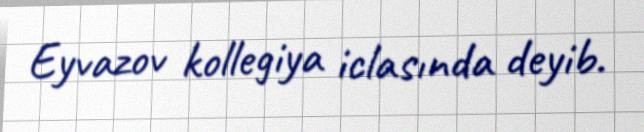
Eyvazov kollegiya iclasında deyib.